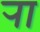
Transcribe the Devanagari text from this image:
र्‍ाा